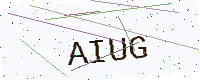
Text: AIUG